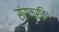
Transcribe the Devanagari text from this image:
संस्कृरति।